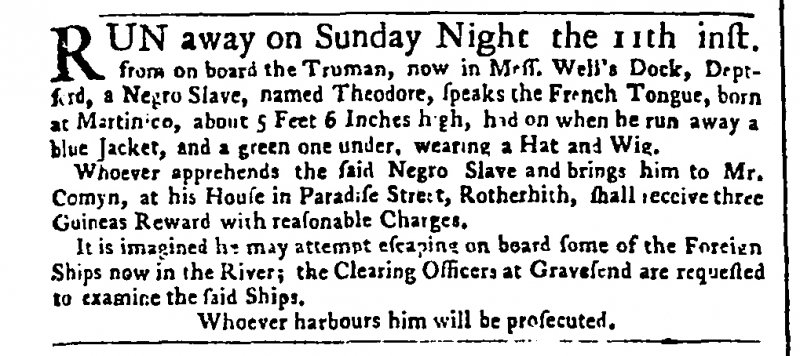
Public Advertiser, 13 February 1759 (England)
RUN away on Sunday Night the 11th inst. from on board the Truman, now in Mess. Well’s Dock, Deptford, a Negro Slave, named Theodore, speaks the French Tongue, born at Martinico, about 5 Feet 6 Inches high, had on when he run away a blue Jacket, and a green one under, wearing a Hat and Wig.  Whoever apprehends the said Negro Slave and brings him to Mr. Comyn, at his House in Paradise Street, Rotherhith, shall receive three Guineas Reward with reasonable Charges.  It is imagined he may attempt escaping on board some of the Foreign Ships now in the River; the Clearing Officers at Gravesend are requested to examine the said Ships.               Whoever harbours him will be prosecuted.